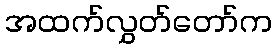
အထက်လွှတ်တော်က